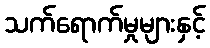
သက်ရောက်မှုများနှင့်